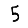
Digit: 5